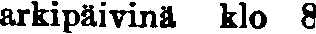
arkipäivinä klo 8